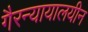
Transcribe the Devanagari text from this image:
गैरन्यायालयीन